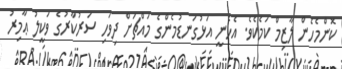
ކޮންމެހެން ލާޒިމް ކަމެކެވެ. އެހެނީ އަޅުގަނޑުމެންގެ މައްޗަށް ދިވަހި ސަރުކާރުގެ ވަކީލު ޢާމިރު